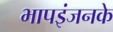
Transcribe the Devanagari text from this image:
भापइंजनके